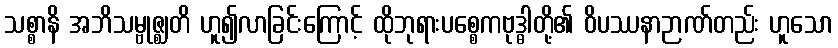
သစ္စာနိ အဘိသမ္ဗုဇ္ဈတိ ဟူ၍လာခြင်းကြောင့် ထိုဘုရားပစ္စေကဗုဒ္ဓါတို့၏ ဝိပဿနာဉာဏ်တည်း ဟူသော